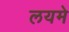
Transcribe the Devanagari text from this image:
लयमे